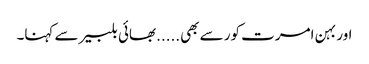
اور بہن امرت کور سے بھی.....بھائی بلبیر سے کہنا۔